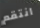
انتقم